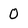
Character: 0